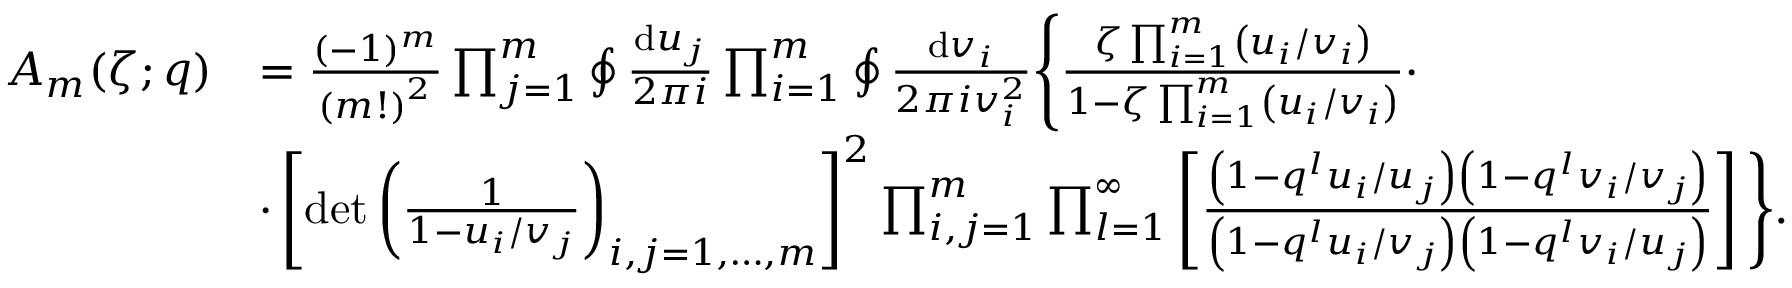
\begin{array} { r l } { A _ { m } ( \zeta ; q ) } & { = \frac { ( - 1 ) ^ { m } } { \left( m ! \right) ^ { 2 } } \prod _ { j = 1 } ^ { m } \oint \frac { { \mathrm { d } } u _ { j } } { 2 \pi i } \prod _ { i = 1 } ^ { m } \oint \frac { { \mathrm { d } } v _ { i } } { 2 \pi i v _ { i } ^ { 2 } } \Bigg \{ \frac { \zeta \prod _ { i = 1 } ^ { m } \left( u _ { i } / v _ { i } \right) } { 1 - \zeta \prod _ { i = 1 } ^ { m } \left( u _ { i } / v _ { i } \right) } \cdot } \\ & { \cdot \left[ \operatorname* { d e t } \left( \frac { 1 } { 1 - u _ { i } / v _ { j } } \right) _ { i , j = 1 , \dots , m } \right] ^ { 2 } \prod _ { i , j = 1 } ^ { m } \prod _ { l = 1 } ^ { \infty } \left[ \frac { \left( 1 - q ^ { l } u _ { i } / u _ { j } \right) \left( 1 - q ^ { l } v _ { i } / v _ { j } \right) } { \left( 1 - q ^ { l } u _ { i } / v _ { j } \right) \left( 1 - q ^ { l } v _ { i } / u _ { j } \right) } \right] \Bigg \} . } \end{array}